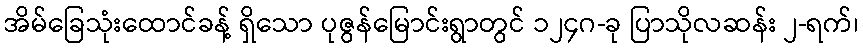
အိမ်ခြေသုံးထောင်ခန့် ရှိသော ပုဇွန်မြောင်းရွာတွင် ၁၂၄ဂ-ခု ပြာသိုလဆန်း ၂-ရက်၊